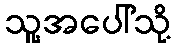
သူ့အပေါ်သို့